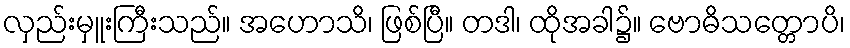
လှည်းမှူးကြီးသည်။ အဟောသိ၊ ဖြစ်ပြီ။ တဒါ၊ ထိုအခါ၌။ ဗောဓိသတ္တောပိ၊